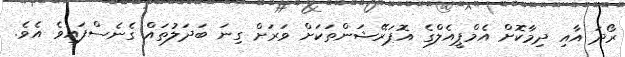
ރޯދަ އާއި ދިމާކޮށް އެމްޕީއެލްގެ އޮޕަރޭޝަންތަކަށް ވަރަށް ގިނަ ބަދަލުތައް ގެނެސްފައިވެ އެވެ.